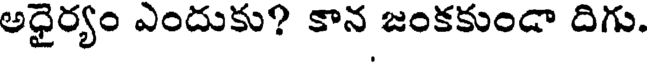
అధైర్యం ఎందుకు? కాన జంకకుండా దిగు.